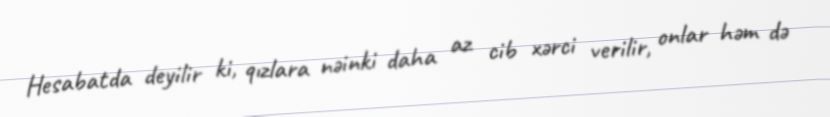
Hesabatda deyilir ki, qızlara nəinki daha az cib xərci verilir, onlar həm də